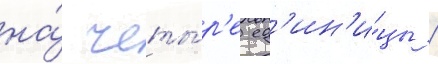
на́ четы́р'е ед'ин'и́цы /